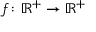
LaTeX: f \colon \mathbb { R } ^ { + } \to \mathbb { R } ^ { + }